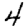
Digit: 4